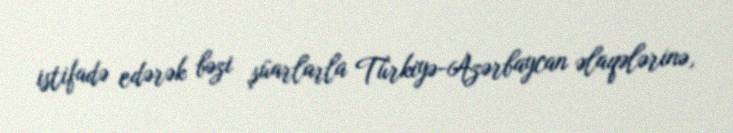
istifadə edərək bəzi şüarlarla Türkiyə-Azərbaycan əlaqələrinə,